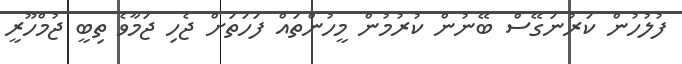
ފުލުހުން ކަރުނަގޭސް ބޭނުން ކުރުމުން މީހުންތައް ފަހަތަށް ޖެހި ޖަމާވެ ތިބީ ޖުމްހޫރީ